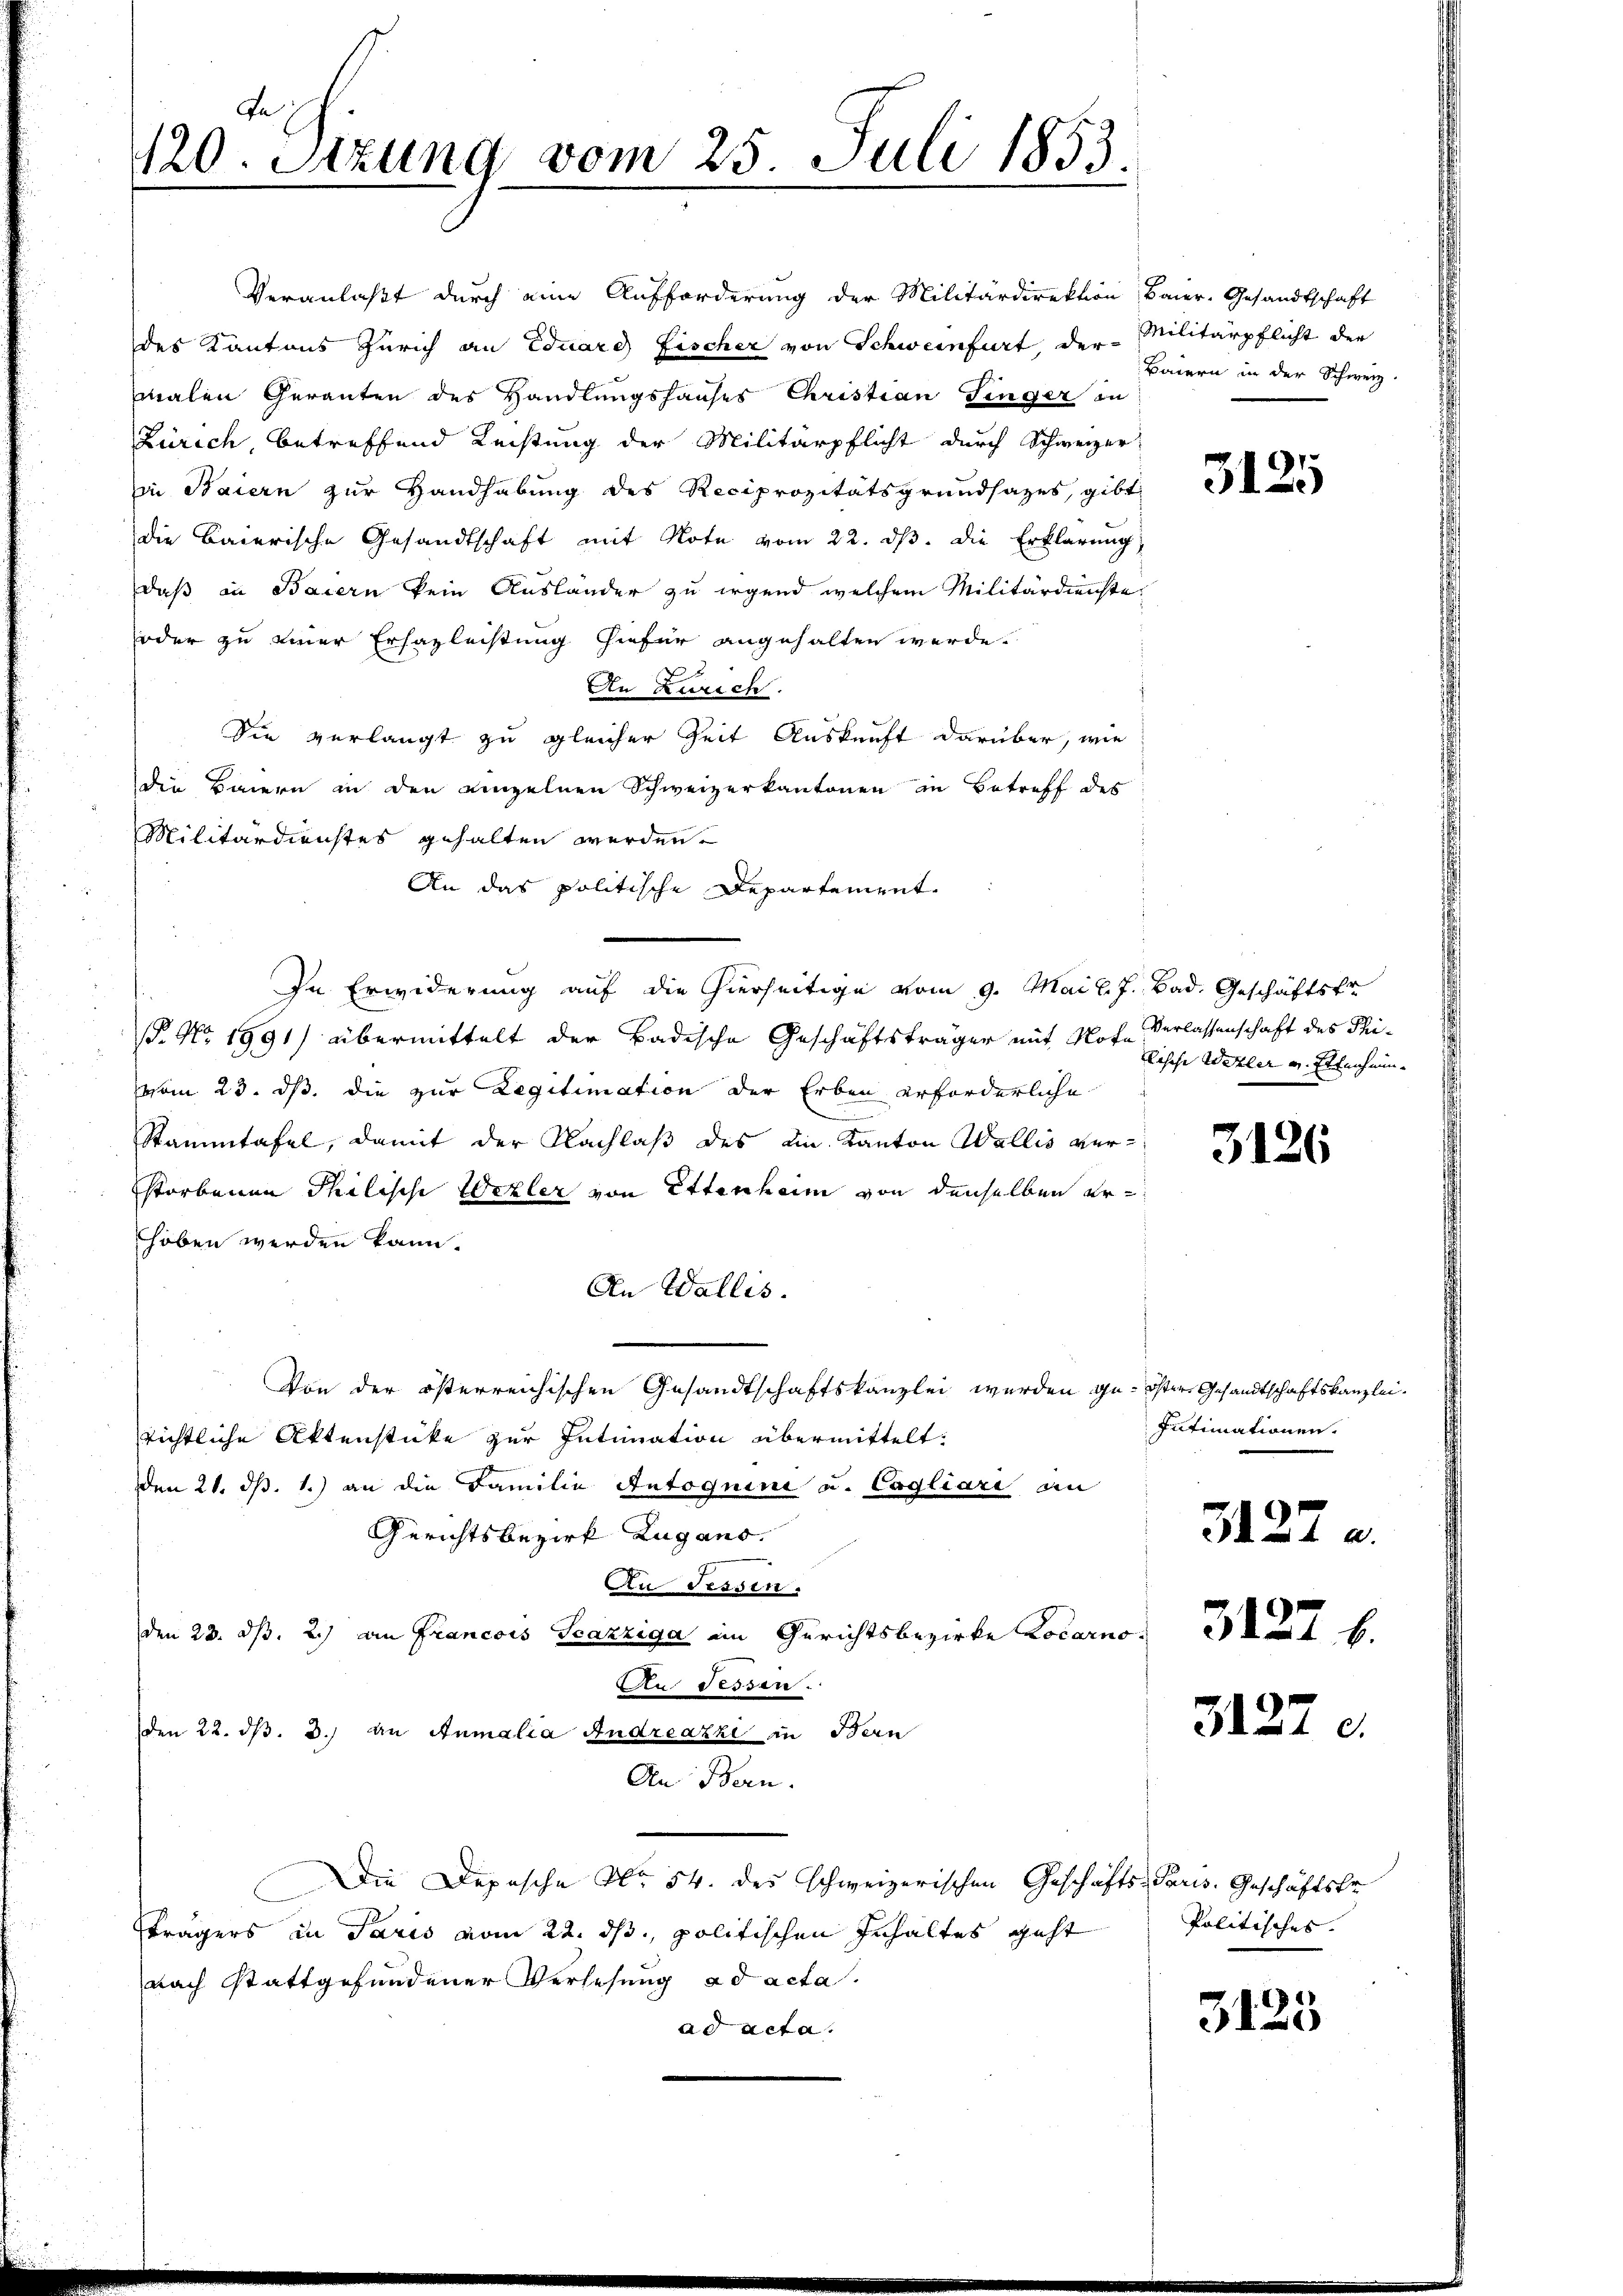
Fe
120. Stzung vom 25. Juli 1853.

Veranlaßt durch eine Aufforderung der Militärdirektion, Baier-Gesandtschaft
des Kantons Zürich an Eduard Fischer von Schweinfurt, der Militärpflicht der
malen Geranten des Handlungshauses Christian Singer in
Zürich, betreffend Rechtung der Militärpflicht durch Schweizer-
in Baiern zur Handhabung des Reciprozitätsgrundsazes, gibt
die Baierische Gesandtschaft mit Note vom 22. dβ. die Erklärung,
daß in Baiern kein Auslander zu irgend welchem Militärdienste
oder zu einer Erhazleistung hiefür angehalten werde.
An Zürich
Sie verlangt zu gleicher Zeit Auskunft darüber, wie
die Baiern in den einzelnen Schweizerkantonen in Betreff des
Militärdienstes gehalten werden.
An das politische Departement.
In Erwiderung auf die hierseitige vom 9. Mai l. J. Bad. Geschäftstr
P. Nr. 1991) übermittelt der Badische Geschäftsträger mit Note Verlassenschaft des Phivom 23. ds. die zur Legitimation der Erben erforderliche
Stammtafel, damit der Nachlaß des ein Kanton Wallis verstorbenen Thilische Wezler von Ettenheim von denselben erhoben werden kann.
An Wallis.
Von der österreichischen Gesandtschaftskanzlei wurden ge- öster Gesandtschaftskanzlei-
richtliche Aktenstüke zur Intimation übermittelt:
Den 21. ds. 1.) an die Familie Antoquini u. Cogliari an
Gerichtsbezirk Zugano.
An Sessen.
den 23. dß. 2) Die Francois Grazziga ein Gerichtsbezirke Korn
An Sessen.
den 22. dβ. 3.) an Anmalia Andreazki in Bern
An Bern.
Die Depesche No 54. des schweizerischen Geschäfts-Paris. Geschäftste
Strägers in Paris vom 22. ds, politischen Inhaltes geht
nach stattgefundener Verlesung ad acta.
ad acta.

Baiern in der Schweiz.

3125

Tische Wetler v. Streichnun¬

3126

Intimationen.
3427 u.

3127 d

Politisches.

3125